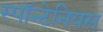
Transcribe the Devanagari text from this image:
स्पॉन्टेनियस